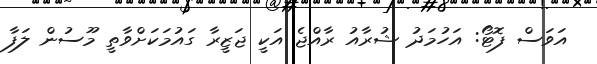
އަވަސް ފޮޓޯ: އަހުމަދު ޝުރާއު ރާއްޖެ އަކީ ޖަޒީރާ ގައުމަކަށްވާތީ މޫސުން ލަފާ